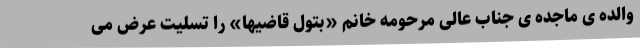
والده ی ماجده ی جناب عالی مرحومه خانم «بتول قاضیها» را تسلیت عرض می